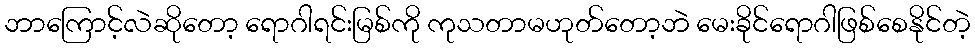
ဘာကြောင့်လဲဆိုတော့ ရောဂါရင်းမြစ်ကို ကုသတာမဟုတ်တော့ဘဲ မေးခိုင်ရောဂါဖြစ်စေနိုင်တဲ့